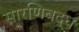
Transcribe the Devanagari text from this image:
सारणिबद्ध